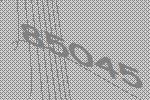
85045